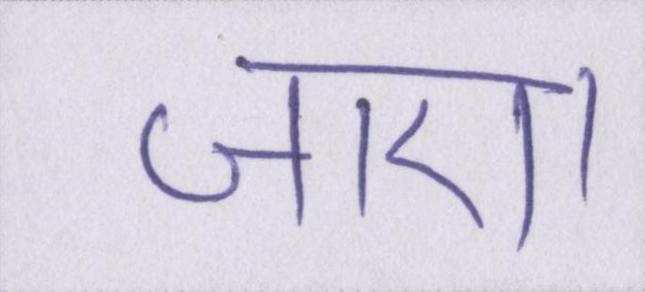
जाए।